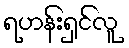
ရဟန်းရှင်လူ